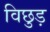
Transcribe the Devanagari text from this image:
विछुड़